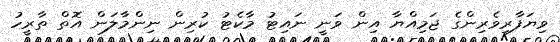
ވިޔަފާރިވެރިންގެ ޖަމިއްޔާ އިން ވަނީ ނައިޓު މާކެޓު ކުރިން ނިންމާލަން އޮތް ތާރީހު